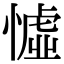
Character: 憈